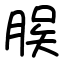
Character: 𫞆